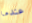
عندما